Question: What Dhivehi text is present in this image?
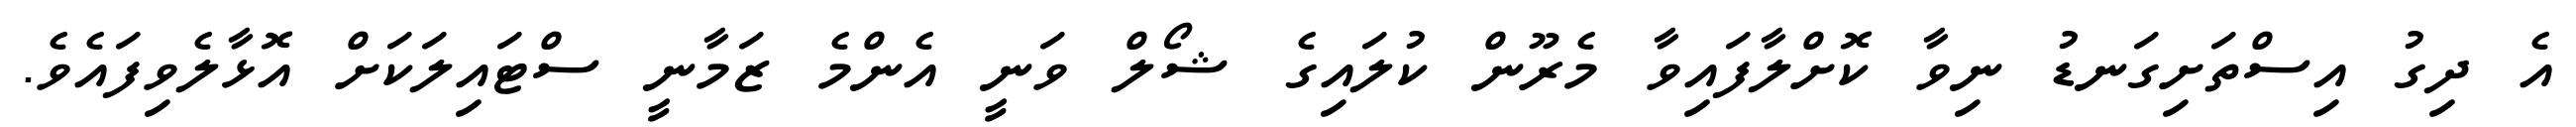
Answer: އެ ދިގު އިސްތަށިގަނޑު ނިވާ ކޮށްލާފައިވާ މެރޫން ކުލައިގެ ޝޯލް ވަނީ އެންމެ ޒަމާނީ ސްޓައިލަކަށް އޮޅާލެވިފައެވެ.